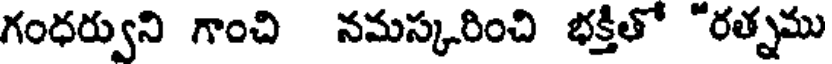
గంధర్వుని గాంచి నమస్కరించి భక్తితో "రత్నము